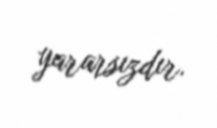
yararsızdır.